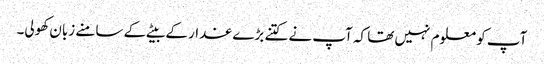
آپ کو معلوم نہیں تھا کہ آپ نے کتنے بڑے غدار کے بیٹے کے سامنے زبان کھولی۔